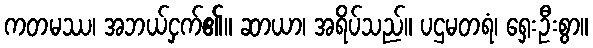
ကတမဿ၊ အဘယ်ငှက်၏။ ဆာယာ၊ အရိပ်သည်။ ပဌမတရံ၊ ရှေးဦးစွာ။